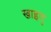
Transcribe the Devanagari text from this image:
खाइणु